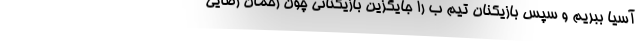
آسیا ببریم و سپس بازیکنان تیم ب را جایگزین بازیکنانی چون رحمان رضایی